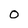
Character: o